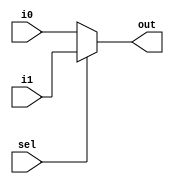
`timescale 1ns/1ns

module mux2to1_32bit(i0, i1, sel, out);

input [31:0] i0, i1;
input sel;
output [31:0] out;

assign #5 out = ~sel ? i0 : i1;

endmodule